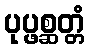
ပုပ္ဖစ္ဆတ္တံ